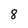
Character: 8